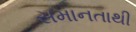
સમાનતાથી